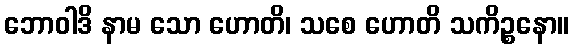
ဘောဝါဒိ နာမ သော ဟောတိ၊ သစေ ဟောတိ သကိဉ္စနော။